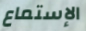
الإستماع